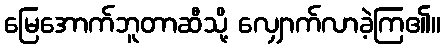
မြေအောက်ဘူတာဆီသို့ လျှောက်လာခဲ့ကြ၏။